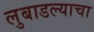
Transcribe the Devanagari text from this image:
लुबाडल्याचा